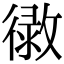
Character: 𢕲